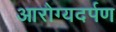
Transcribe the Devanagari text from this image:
आरोग्यदर्पण